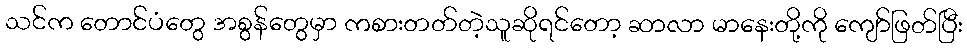
သင်က တောင်ပံတွေ အစွန်တွေမှာ ကစားတတ်တဲ့သူဆိုရင်တော့ ဆာလာ မာနေးတို့ကို ကျော်ဖြတ်ပြီး